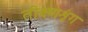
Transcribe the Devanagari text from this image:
तीक्ष्णशृंग